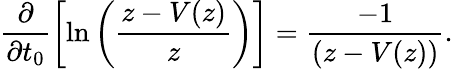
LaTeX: \frac{\partial}{\partial t_{0}}\biggl[\ln\left(\frac{z-V(z)}{z}\right)\biggr]=\frac{-1}{\left(z-V(z)\right)}.